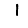
Digit: 1